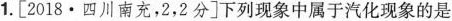
1.[2018·四川南充，2，2分]下列现象中属于汽化现象的是